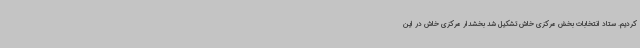
کردیم. ستاد انتخابات بخش مرکزی خاش تشکیل شد بخشدار مرکزی خاش در این